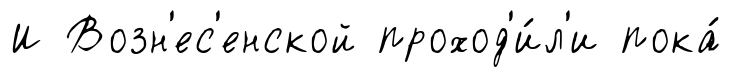
И Возн'ес'енской проход'и́л'и пока́